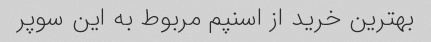
بهترین خرید از اسنپم مربوط به این سوپر